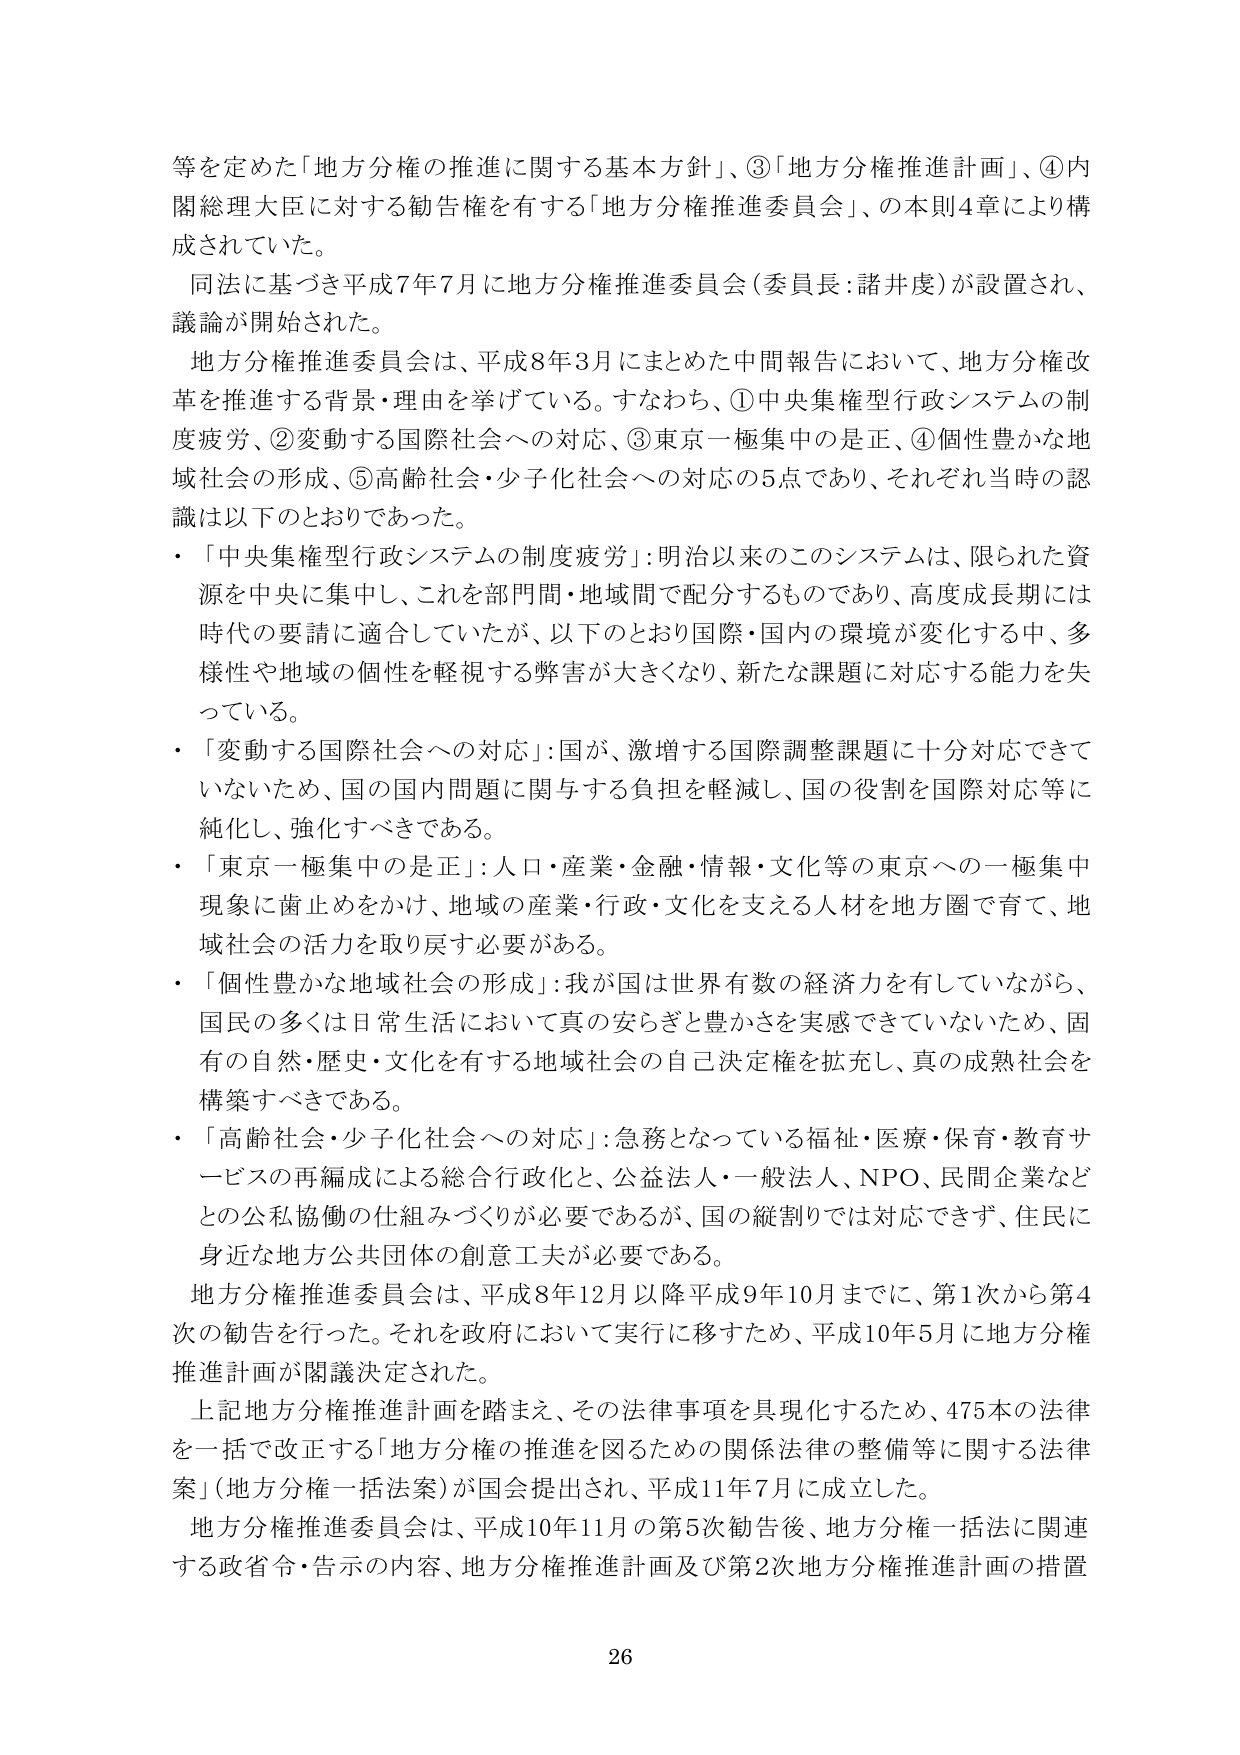
等を定めた「地方分権の推進に関する基本方針」、③「地方分権推進計画」、④内閣総理大臣に対する勧告権を有する「地方分権推進委員会」、の本則4章により構成されていた。

同法に基づき平成7年7月に地方分権推進委員会（委員長：諸井虔）が設置され、議論が開始された。

地方分権推進委員会は、平成8年3月にまとめた中間報告において、地方分権改革を推進する背景・理由を挙げている。すなわち、①中央集権型行政システムの制度疲労、②変動する国際社会への対応、③東京一極集中の是正、④個性豊かな地域社会の形成、⑤高齢社会・少子化社会への対応の5点であり、それぞれ当時の認識は以下のとおりであった。

・「中央集権型行政システムの制度疲労」：明治以来のこのシステムは、限られた資源を中央に集中し、これを部門間・地域間で配分するものであり、高度成長期には時代の要請に適合していたが、以下のとおり国際・国内の環境が変化する中、多様性や地域の個性を軽視する弊害が大きくなり、新たな課題に対応する能力を失っている。

・「変動する国際社会への対応」：国が、激増する国際調整課題に十分対応できていないため、国の国内問題に関与する負担を軽減し、国の役割を国際対応等に純化し、強化すべきである。

・「東京一極集中の是正」：人口・産業・金融・情報・文化等の東京への一極集中現象に歯止めをかけ、地域の産業・行政・文化を支える人材を地方圏で育て、地域社会の活力を取り戻す必要がある。

・「個性豊かな地域社会の形成」：我が国は世界有数の経済力を有しているながら、国民の多くは日常生活において真の安らぎと豊かさを実感できていないため、固有の自然・歴史・文化を有する地域社会の自己決定権を拡充し、真の成熟社会を構築すべきである。

・「高齢社会・少子化社会への対応」：急務となっている福祉・医療・保育・教育サービスの再編成による総合行政化と、公益法人・一般法人、NPO、民間企業などの公私協働の仕組みづくりが必要であるが、国の縦割りでは対応できず、住民に身近な地方公共団体の創意工夫が必要である。

地方分権推進委員会は、平成8年12月以降平成9年10月までに、第1次から第4次の勧告を行った。それを政府において実行に移すため、平成10年5月に地方分権推進計画が閣議決定された。

上記地方分権推進計画を踏まえ、その法律事項を具現化するため、475本の法律を一括で改正する「地方分権の推進を図るための関係法律の整備等に関する法律案」（地方分権一括法案）が国会提出され、平成11年7月に成立した。

地方分権推進委員会は、平成10年11月の第5次勧告後、地方分権一括法に関連する政省令・告示の内容、地方分権推進計画及び第2次地方分権推進計画の措置

26